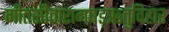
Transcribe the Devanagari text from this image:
गीतसीतारामषड्ऋतुविहार